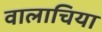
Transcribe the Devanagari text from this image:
वालाचिया